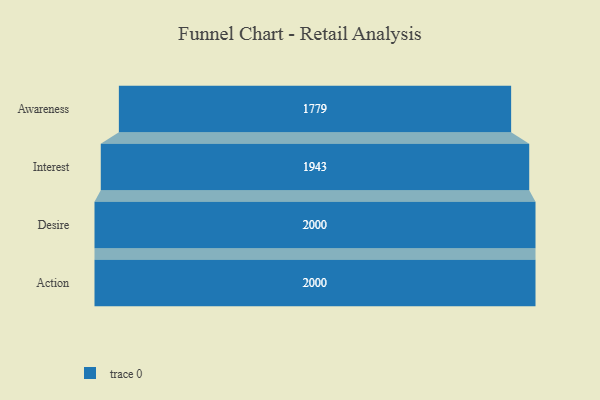
{"axis": {"x": "Stage", "y": "Value"}, "legend": [""], "data": [{"x": "Awareness", "y": 1779.0, "type": ""}, {"x": "Interest", "y": 1943.0, "type": ""}, {"x": "Desire", "y": 2000, "type": ""}, {"x": "Action", "y": 2000, "type": ""}]}